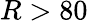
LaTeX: R>80